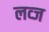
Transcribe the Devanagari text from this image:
लव्ज